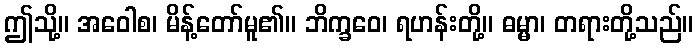
ဤသို့။ အဝေါစ၊ မိန့်တော်မူ၏။ ဘိက္ခဝေ၊ ရဟန်းတို့။ ဓမ္မာ၊ တရားတို့သည်။